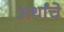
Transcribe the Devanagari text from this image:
अर्थांचे